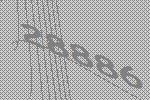
28886